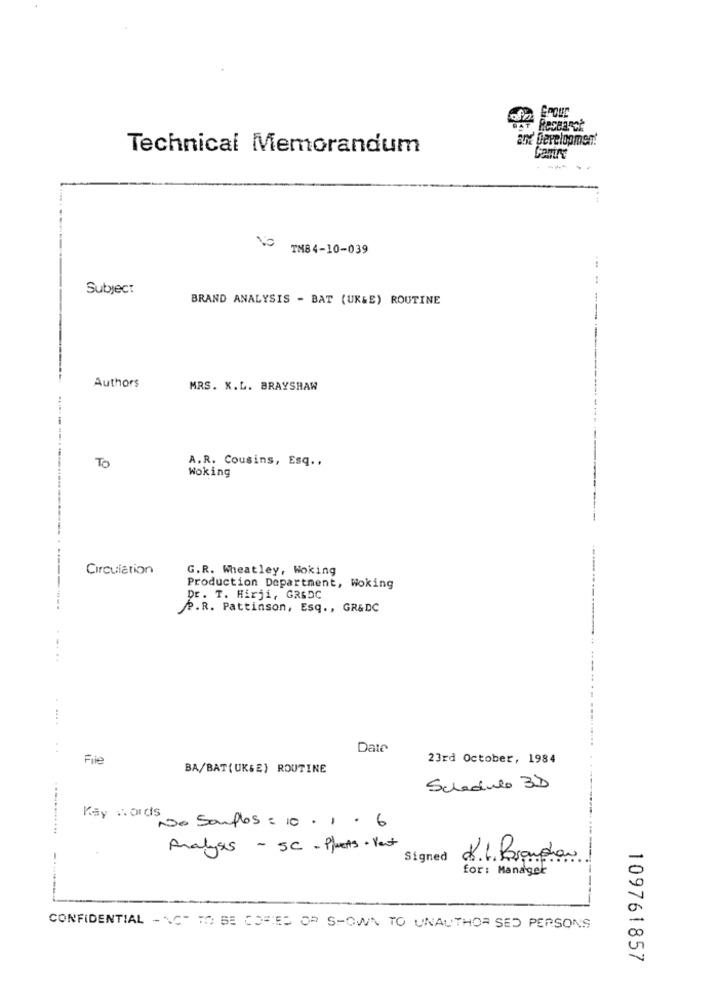
and Development
Technical Memorandum
TM84-10-039
Subject
BRAND ANALYSIS - BAT (UK&E) ROUTINE
Authors
MRS. X.L. BRAYSHAW
TO
A.R. Cousins, Esq. ,
Woking
Circulation
G.R. Wheatley, Woking
----
Production Department, Woking
Dr. T. Hirji, GR&DC
P.R. Pattinson, Esq ., GR&DC
Date
File
23rd October, 1984
BA/BAT(UK&E) ROUTINE
Schedule 3D
Kay s. ords
No Sauflos : 10.1 .6
Analysis - SC - Plants . Vest
Signed
d.1. Proudhon
for: Manager
CONFIDENTIAL - AC" TO BE COPIES OF SHOWN TO UNAUTHOR SED PERSONS
109761857